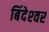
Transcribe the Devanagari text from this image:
बिंदेश्‍वर